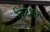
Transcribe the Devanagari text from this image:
क्रिटेशन